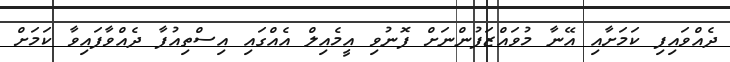
ދެއްވައިފި ކަމަށާއި އޭނާ މުވައްޒަފުންނަށް ފޮނުވި އީމެއިލް އެއްގައި އިސްތިއުފާ ދެއްވާފައިވާ ކަމަށް